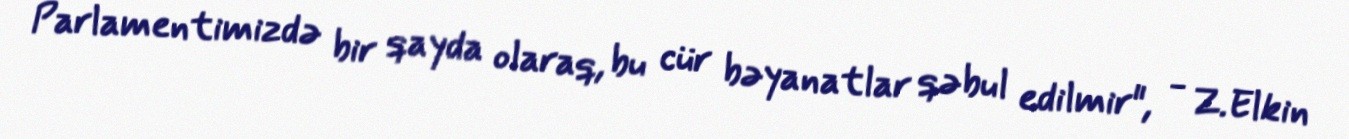
Parlamentimizdə bir qayda olaraq, bu cür bəyanatlar qəbul edilmir", - Z.Elkin